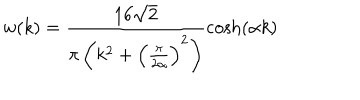
LaTeX: w ( k ) = \frac { 1 6 \sqrt { 2 } } { \pi \left( k ^ { 2 } + \left( \frac { \pi } { 2 \alpha } \right) ^ { 2 } \right) } \cosh ( \alpha k )